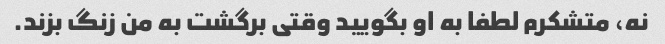
نه، متشکرم لطفا به او بگویید وقتی برگشت به من زنگ بزند.